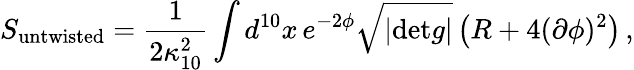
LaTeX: S_{\mathrm{untwisted}}=\frac{1}{2\kappa_{10}^{2}}\int d^{10}x\, e^{-2\phi}\sqrt{|\mathrm{det}g|}\left(R+4(\partial\phi)^{2}\right)\, ,